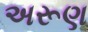
અરૂણ